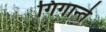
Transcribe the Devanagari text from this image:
गिगान्ते